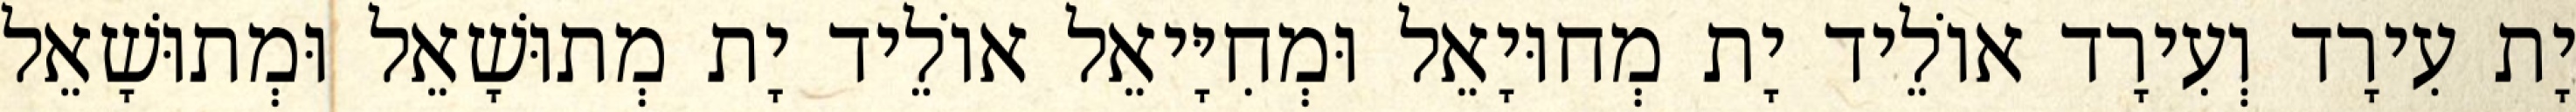
יָת עִירָד וְעִירָד אוֹלֵיד יָת מְחוּיָאֵל וּמְחִיָּיאֵל אוֹלֵיד יָת מְתוּשָׁאֵל וּמְתוּשָׁאֵל